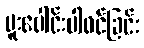
ပူးပေါင်းပါဝင်ခြင်း